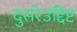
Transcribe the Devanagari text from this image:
दुसरेउद्दिष्ट